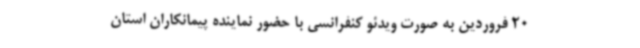
20 فروردین به صورت ویدئو کنفرانسی با حضور نماینده پیمانکاران استان